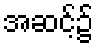
အဆင့်၌